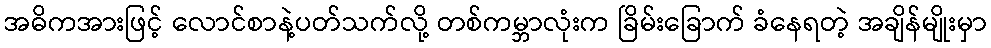
အဓိကအားဖြင့် လောင်စာနဲ့ပတ်သက်လို့ တစ်ကမ္ဘာလုံးက ခြိမ်းခြောက် ခံနေရတဲ့ အချိန်မျိုးမှာ